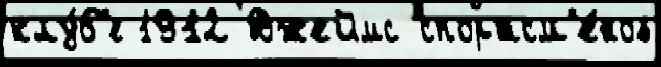
клу́б'е 1912 Джеймс спортсм'е́нов